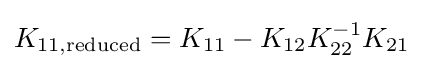
K_{11,{\text{reduced}}}=K_{11}-K_{12}K_{22}^{-1}K_{21}